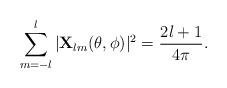
LaTeX: \begin{align*}\sum_{m=-l}^l|{\bf X}_{lm}(\theta,\phi)|^2={2l+1\over 4\pi}.\end{align*}